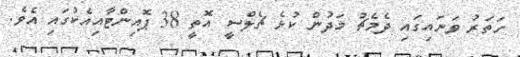
ހަތަރު ވަނައިގައި ދެމެޗު މަދުން ކުޅެ ޗެލްސީ އޮތީ 38 ޕޮއިންޓާއިއެކުގައި އެވެ.